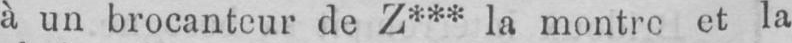
et la